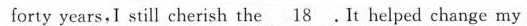
forty years,I still cherish the \underline{18}. It helped change my